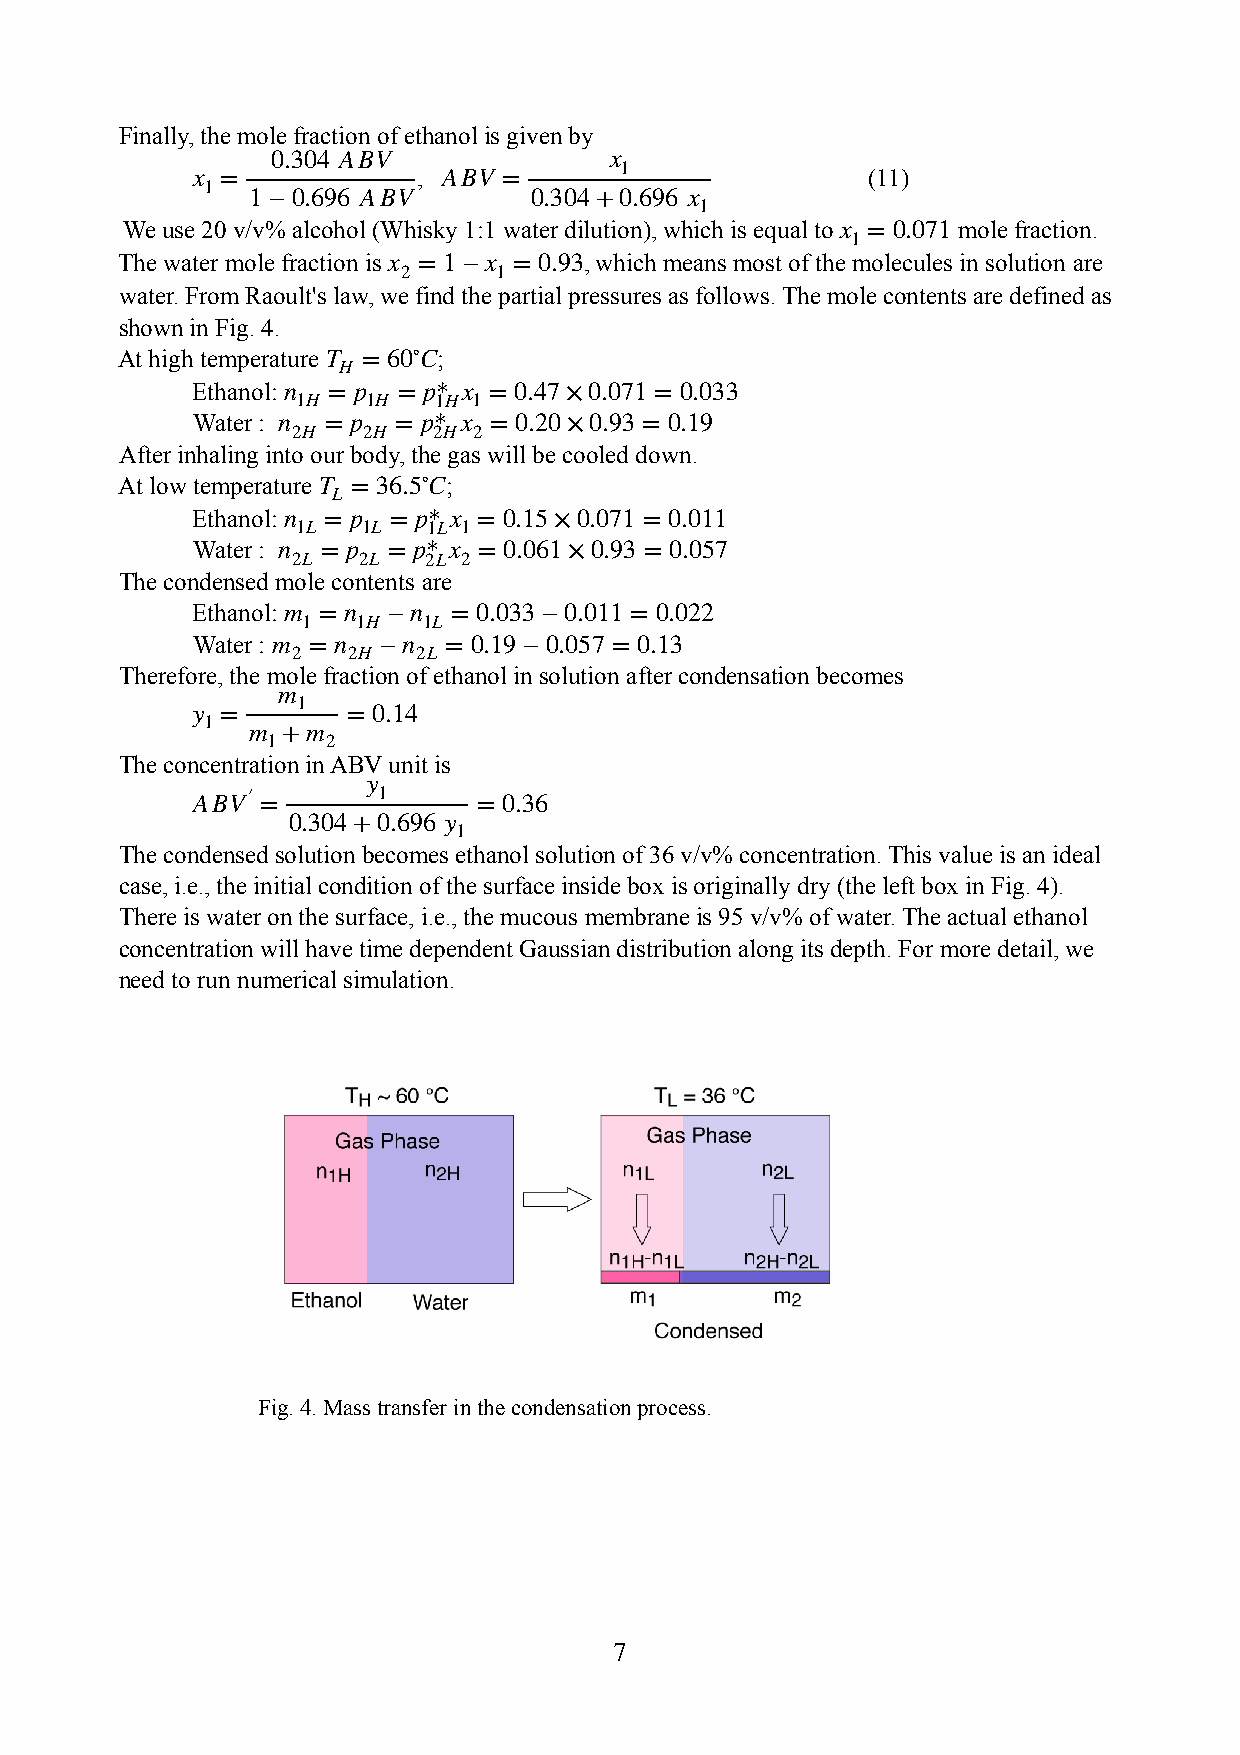
Finally, the mole fraction of ethanol is given by
 0.304 ABV             x
 x =            , ABV =      1               (11)
 1
 1−0.696 ABV        0.304+0.696 x
 1
 We use 20 v/v% alcohol (Whisky 1:1 water dilution), which is equal to x = 0.071 mole fraction.
 1
 The water mole fraction is x = 1−x = 0.93, which means most of the molecules in solution are
 2     1
 water. From Raoult's law, we find the partial pressures as follows. The mole contents are defined as
 shown in Fig. 4.
 At high temperature T = 60∘C;
 H
 Ethanol: n = p = p* x = 0.47×0.071 = 0.033
 1H  1H   1H 1
 Water : n = p = p* x = 0.20×0.93 = 0.19
 2H   2H   2H 2
 After inhaling into our body, the gas will be cooled down.
 At low temperature T = 36.5∘C;
 L
 Ethanol: n = p = p* x = 0.15×0.071 = 0.011
 1L  1L  1L 1
 Water : n = p = p* x = 0.061×0.93 = 0.057
 2L   2L  2L 2
 The condensed mole contents are
 Ethanol: m = n −n = 0.033−0.011 = 0.022
 1   1H  1L
 Water : m = n −n = 0.19−0.057 = 0.13
 2   2H   2L
 Therefore, the mole fraction of ethanol in solution after condensation becomes
 m
 y =
 1
 = 0.14
 1
 m  +m
 1   2
 The concentration in ABV unit is
 ABV′
 =
 y 1
 = 0.36
 0.304+0.696 y
 1
 The condensed solution becomes ethanol solution of 36 v/v% concentration. This value is an ideal
 case, i.e., the initial condition of the surface inside box is originally dry (the left box in Fig. 4).
 There is water on the surface, i.e., the mucous membrane is 95 v/v% of water. The actual ethanol
 concentration will have time dependent Gaussian distribution along its depth. For more detail, we
 need to run numerical simulation.
 Fig. 4. Mass transfer in the condensation process.
 7